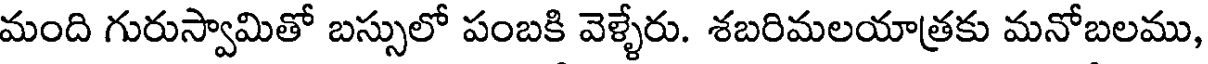
మంది గురుస్వామితో బస్సులో పంబకి వెళ్ళేరు. శబరిమలయాత్రకు మనోబలము,